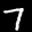
Label: 7